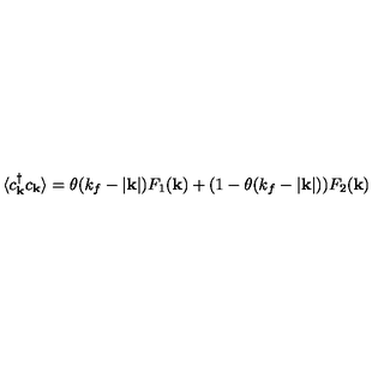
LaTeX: \langle c _ { { \bf { k } } } ^ { \dagger } c _ { { \bf { k } } } \rangle = \theta ( k _ { f } - | { \bf { k } } | ) F _ { 1 } ( { \bf { k } } ) + ( 1 - \theta ( k _ { f } - | { \bf { k } } | ) ) F _ { 2 } ( { \bf { k } } )